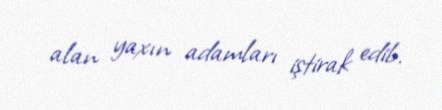
alan yaxın adamları iştirak edib.